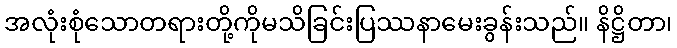
အလုံးစုံသောတရားတို့ကိုမသိခြင်းပြဿနာမေးခွန်းသည်။ နိဋ္ဌိတာ၊